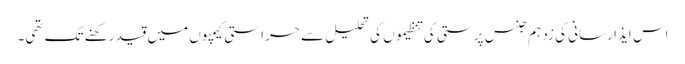
اس ایذا رسانی کی زد ہم جنس پرستی کی تنظیموں کی تحلیل سے حراستی کیمپوں میں قید رکھنے تک تھی۔